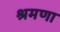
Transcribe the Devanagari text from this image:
श्रमणा